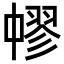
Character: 𦑬